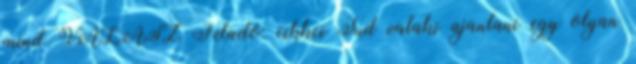
mind VÁLASZ Feladó: cikkei Tud valaki ajanlani egy olyan